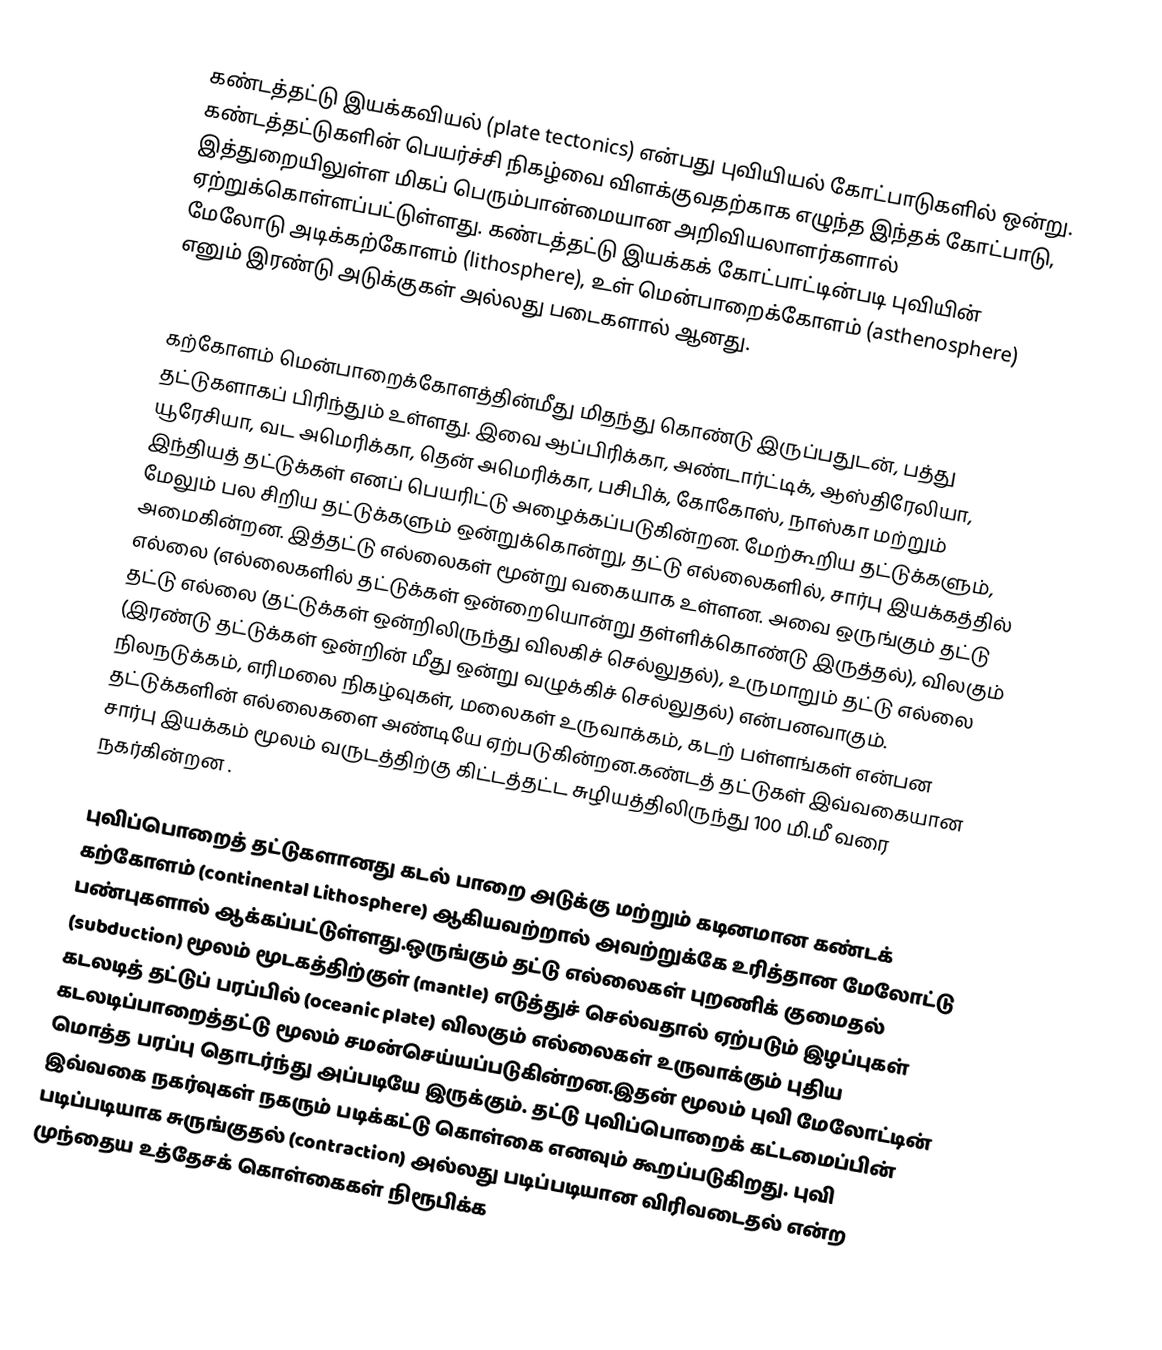
கண்டத்தட்டு இயக்கவியல் (plate tectonics) என்பது புவியியல் கோட்பாடுகளில் ஒன்று. கண்டத்தட்டுகளின் பெயர்ச்சி நிகழ்வை விளக்குவதற்காக எழுந்த இந்தக் கோட்பாடு, இத்துறையிலுள்ள மிகப் பெரும்பான்மையான அறிவியலாளர்களால் ஏற்றுக்கொள்ளப்பட்டுள்ளது. கண்டத்தட்டு இயக்கக் கோட்பாட்டின்படி புவியின் மேலோடு அடிக்கற்கோளம் (lithosphere), உள் மென்பாறைக்கோளம் (asthenosphere) எனும் இரண்டு அடுக்குகள் அல்லது படைகளால் ஆனது.

கற்கோளம் மென்பாறைக்கோளத்தின்மீது மிதந்து கொண்டு இருப்பதுடன், பத்து தட்டுகளாகப் பிரிந்தும் உள்ளது. இவை ஆப்பிரிக்கா, அண்டார்ட்டிக், ஆஸ்திரேலியா, யூரேசியா, வட அமெரிக்கா, தென் அமெரிக்கா, பசிபிக், கோகோஸ், நாஸ்கா மற்றும் இந்தியத் தட்டுக்கள் எனப் பெயரிட்டு அழைக்கப்படுகின்றன. மேற்கூறிய தட்டுக்களும், மேலும் பல சிறிய தட்டுக்களும் ஒன்றுக்கொன்று, தட்டு எல்லைகளில், சார்பு இயக்கத்தில் அமைகின்றன. இத்தட்டு எல்லைகள் மூன்று வகையாக உள்ளன. அவை ஒருங்கும் தட்டு எல்லை (எல்லைகளில் தட்டுக்கள் ஒன்றையொன்று தள்ளிக்கொண்டு இருத்தல்), விலகும் தட்டு எல்லை (தட்டுக்கள் ஒன்றிலிருந்து விலகிச் செல்லுதல்), உருமாறும் தட்டு எல்லை (இரண்டு தட்டுக்கள் ஒன்றின் மீது ஒன்று வழுக்கிச் செல்லுதல்) என்பனவாகும். நிலநடுக்கம், எரிமலை நிகழ்வுகள், மலைகள் உருவாக்கம், கடற் பள்ளங்கள் என்பன தட்டுக்களின் எல்லைகளை அண்டியே ஏற்படுகின்றன.கண்டத் தட்டுகள் இவ்வகையான சார்பு இயக்கம் மூலம் வருடத்திற்கு கிட்டத்தட்ட சுழியத்திலிருந்து 100 மி.மீ வரை நகர்கின்றன .

புவிப்பொறைத் தட்டுகளானது கடல் பாறை அடுக்கு மற்றும் கடினமான கண்டக் கற்கோளம் (continental Lithosphere) ஆகியவற்றால் அவற்றுக்கே உரித்தான மேலோட்டு பண்புகளால் ஆக்கப்பட்டுள்ளது.ஒருங்கும் தட்டு எல்லைகள் புறணிக் குமைதல் (subduction) மூலம்  மூடகத்திற்குள் (mantle) எடுத்துச் செல்வதால் ஏற்படும் இழப்புகள் கடலடித் தட்டுப் பரப்பில் (oceanic plate)  விலகும் எல்லைகள்  உருவாக்கும் புதிய கடலடிப்பாறைத்தட்டு மூலம் சமன்செய்யப்படுகின்றன.இதன் மூலம் புவி மேலோட்டின் மொத்த பரப்பு தொடர்ந்து அப்படியே இருக்கும். தட்டு புவிப்பொறைக் கட்டமைப்பின் இவ்வகை நகர்வுகள் நகரும் படிக்கட்டு கொள்கை எனவும் கூறப்படுகிறது. புவி படிப்படியாக சுருங்குதல் (contraction) அல்லது படிப்படியான விரிவடைதல் என்ற முந்தைய உத்தேசக் கொள்கைகள் நிரூபிக்க